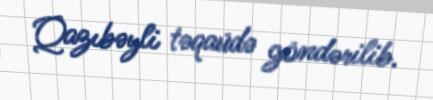
Qazıbəyli təqaüdə göndərilib.